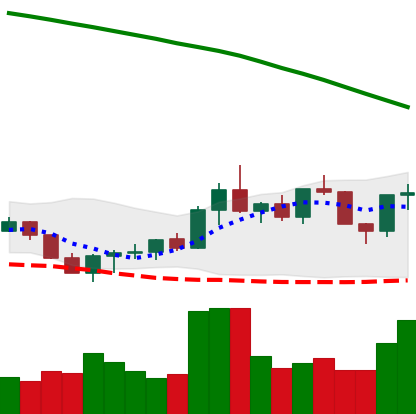
Ticker: ADA-USD
Chart end date: 2022-07-28
Forward return: -3.213%
Label: down_3_5